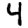
Digit: 4